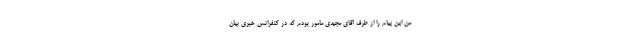
من این پیام را از طرف آقای مجیدی مامور بودم که در کنفرانس خبری بیان